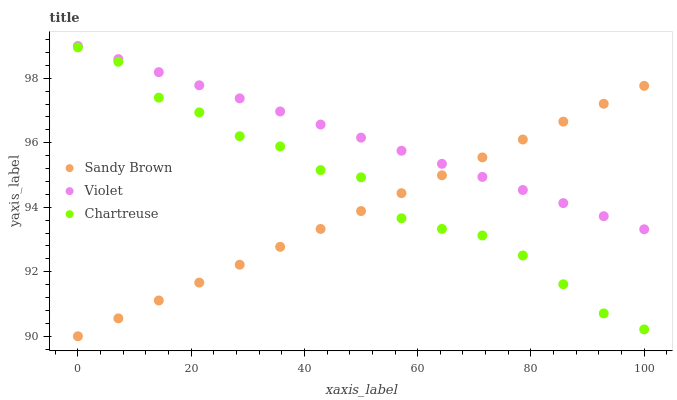
| xaxis_label | Sandy Brown | Violet | Chartreuse |
 | --- | --- | --- | --- |
 | 0 | 90 | 99 | 99 |
 | 7.14 | 90.6 | 98.6 | 98.5 |
 | 14.3 | 91.1 | 98.2 | 97.4 |
 | 21.4 | 91.7 | 97.8 | 96.9 |
 | 28.6 | 92.2 | 97.4 | 96.2 |
 | 35.7 | 92.8 | 97 | 95.9 |
 | 42.9 | 93.3 | 96.6 | 95.2 |
 | 50 | 93.9 | 96.2 | 94.9 |
 | 57.1 | 94.4 | 95.8 | 93.7 |
 | 64.3 | 95 | 95.3 | 93.3 |
 | 71.4 | 95.5 | 94.9 | 93.1 |
 | 78.6 | 96.1 | 94.5 | 92.5 |
 | 85.7 | 96.7 | 94.1 | 91.6 |
 | 92.9 | 97.2 | 93.7 | 90.7 |
 | 100 | 97.8 | 93.3 | 90.2 |